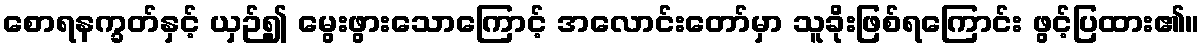
စောရနက္ခတ်နှင့် ယှဉ်၍ မွေးဖွားသောကြောင့် အလောင်းတော်မှာ သူခိုးဖြစ်ရကြောင်း ဖွင့်ပြထား၏။